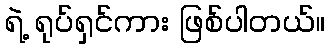
ရဲ့ ရုပ်ရှင်ကား ဖြစ်ပါတယ်။